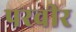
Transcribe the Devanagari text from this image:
परवीर